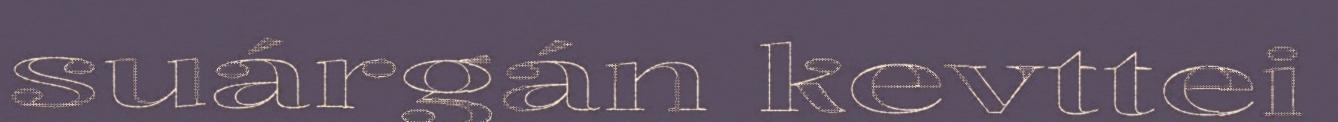
suárgán kevttei